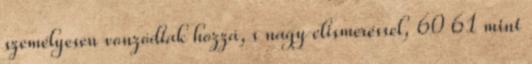
személyesen vonzódtak hozzá, s nagy elismeréssel, 60 61 mint